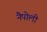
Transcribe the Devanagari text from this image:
नैपोली